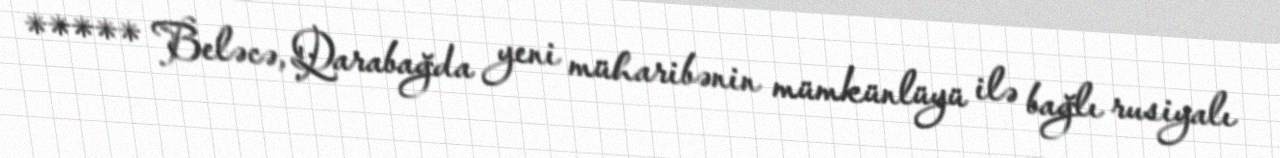
***** Beləcə, Qarabağda yeni müharibənin mümkünlüyü ilə bağlı rusiyalı